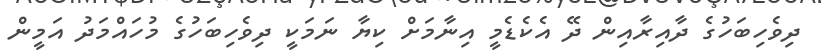
ދިވެހިބަހުގެ ދާއިރާއިން ދޭ އެކެޑެމީ އިނާމަށް ކިޔާ ނަމަކީ ދިވެހިބަހުގެ މުހައްމަދު އަމީން